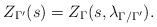
LaTeX: \begin{align*}Z_{\Gamma'}(s) = Z_\Gamma(s,\lambda_{\Gamma/\Gamma'}).\end{align*}